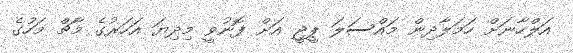
އަލްހާނަށް ހަމަލާދިން މައްސަލަ ޕީޖީ އަށް ފޮނުވީ މިދިޔަ އަހަރުގެ މާޗް މަހުގެ